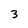
Character: 3